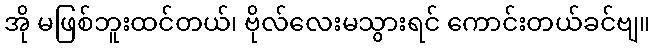
အို မဖြစ်ဘူးထင်တယ်၊ ဗိုလ်လေးမသွားရင် ကောင်းတယ်ခင်ဗျ။